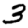
Digit: 3